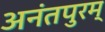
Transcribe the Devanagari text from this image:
अनंतपुरम्